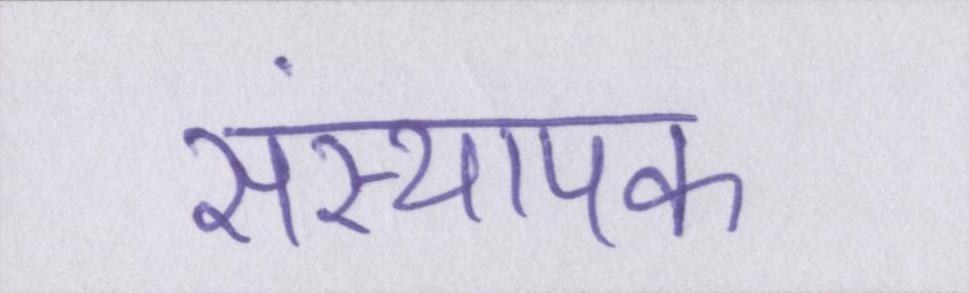
संस्थापक